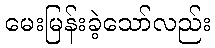
မေးမြန်းခဲ့သော်လည်း